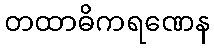
တထာဓိကရဏေန